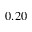
0 . 2 0